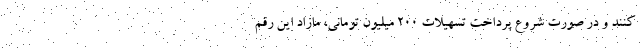
کنند و در صورت شروع پرداخت تسهیلات ۲۰۰ میلیون تومانی، مازاد این رقم